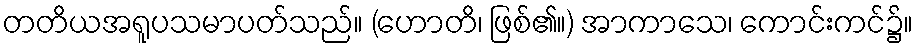
တတိယအရူပသမာပတ်သည်။ (ဟောတိ၊ ဖြစ်၏။) အာကာသေ၊ ကောင်းကင်၌။